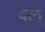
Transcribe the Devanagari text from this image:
वल्‌